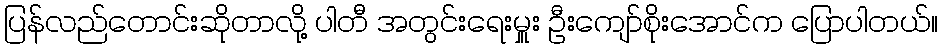
ပြန်လည်တောင်းဆိုတာလို့ ပါတီ အတွင်းရေးမှူး ဦးကျော်စိုးအောင်က ပြောပါတယ်။